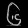
Digit: ၆